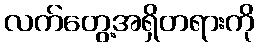
လက်တွေ့အရှိတရားကို